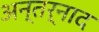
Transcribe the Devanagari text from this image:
अन्तर्नाद